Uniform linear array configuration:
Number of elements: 12
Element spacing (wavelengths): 0.5
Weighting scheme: binomial
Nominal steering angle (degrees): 45
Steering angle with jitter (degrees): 44.947
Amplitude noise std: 0.05
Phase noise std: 0.05

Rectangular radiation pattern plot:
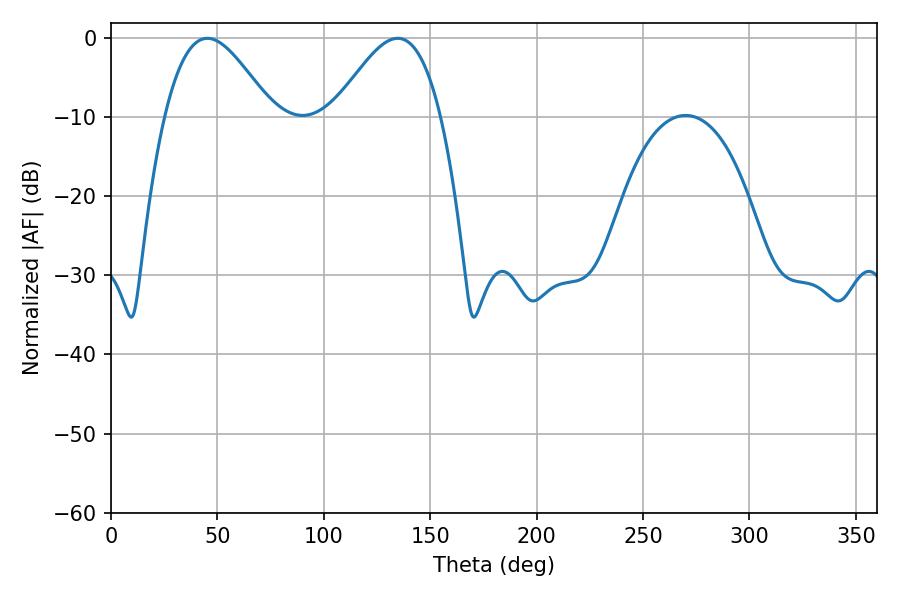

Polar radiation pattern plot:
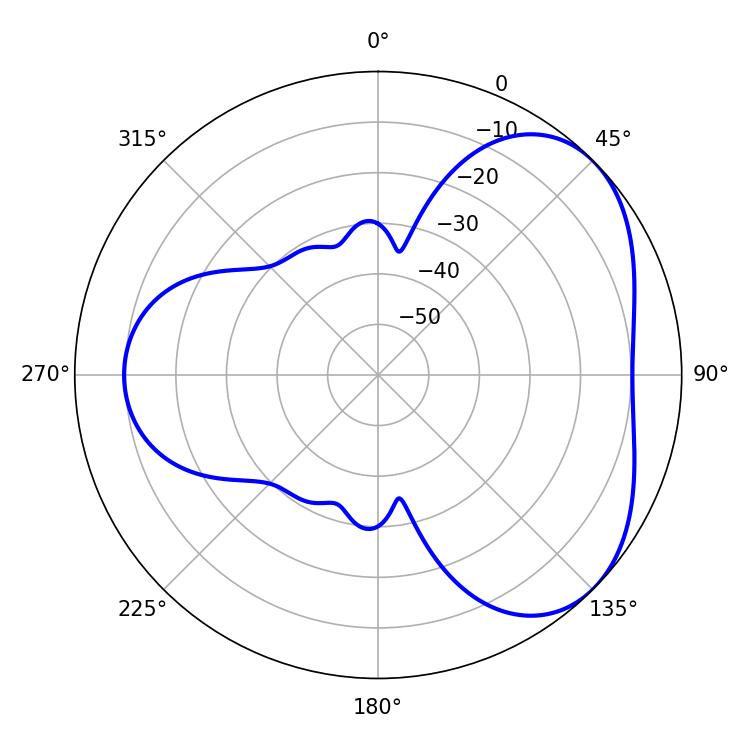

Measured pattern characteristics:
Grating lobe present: FALSE
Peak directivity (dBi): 4.336
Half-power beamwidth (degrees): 27
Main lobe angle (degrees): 45.36